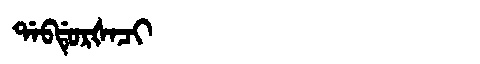
Manchu: ᡩᠠᠪᡩᡠᡵᡧᠠᠴᡳ
Romanization: DABDURŠACI